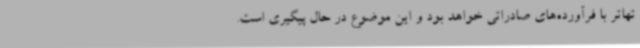
تهاتر با فرآورده‌های صادراتی خواهد بود و این موضوع در حال پیگیری است.